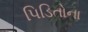
પિડિતોના